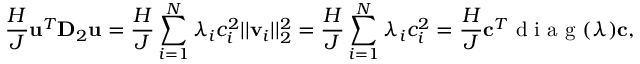
\frac { H } { J } \mathbf { u } ^ { T } \mathbf { D } _ { 2 } \mathbf { u } = \frac { H } { J } \sum _ { i = 1 } ^ { N } \lambda _ { i } c _ { i } ^ { 2 } | | \mathbf { v } _ { i } | | _ { 2 } ^ { 2 } = \frac { H } { J } \sum _ { i = 1 } ^ { N } \lambda _ { i } c _ { i } ^ { 2 } = \frac { H } { J } \mathbf { c } ^ { T } \mathrm { ~ d ~ i ~ a ~ g ~ } ( \boldsymbol { \lambda } ) \mathbf { c } ,